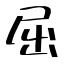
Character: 屈